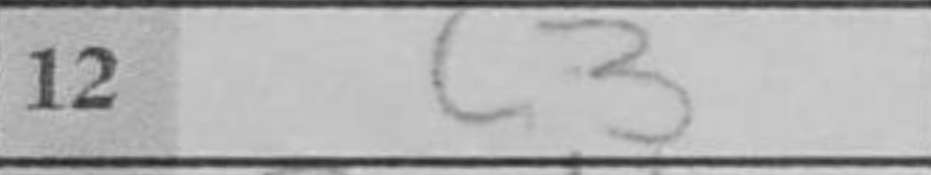
Transcription: c3